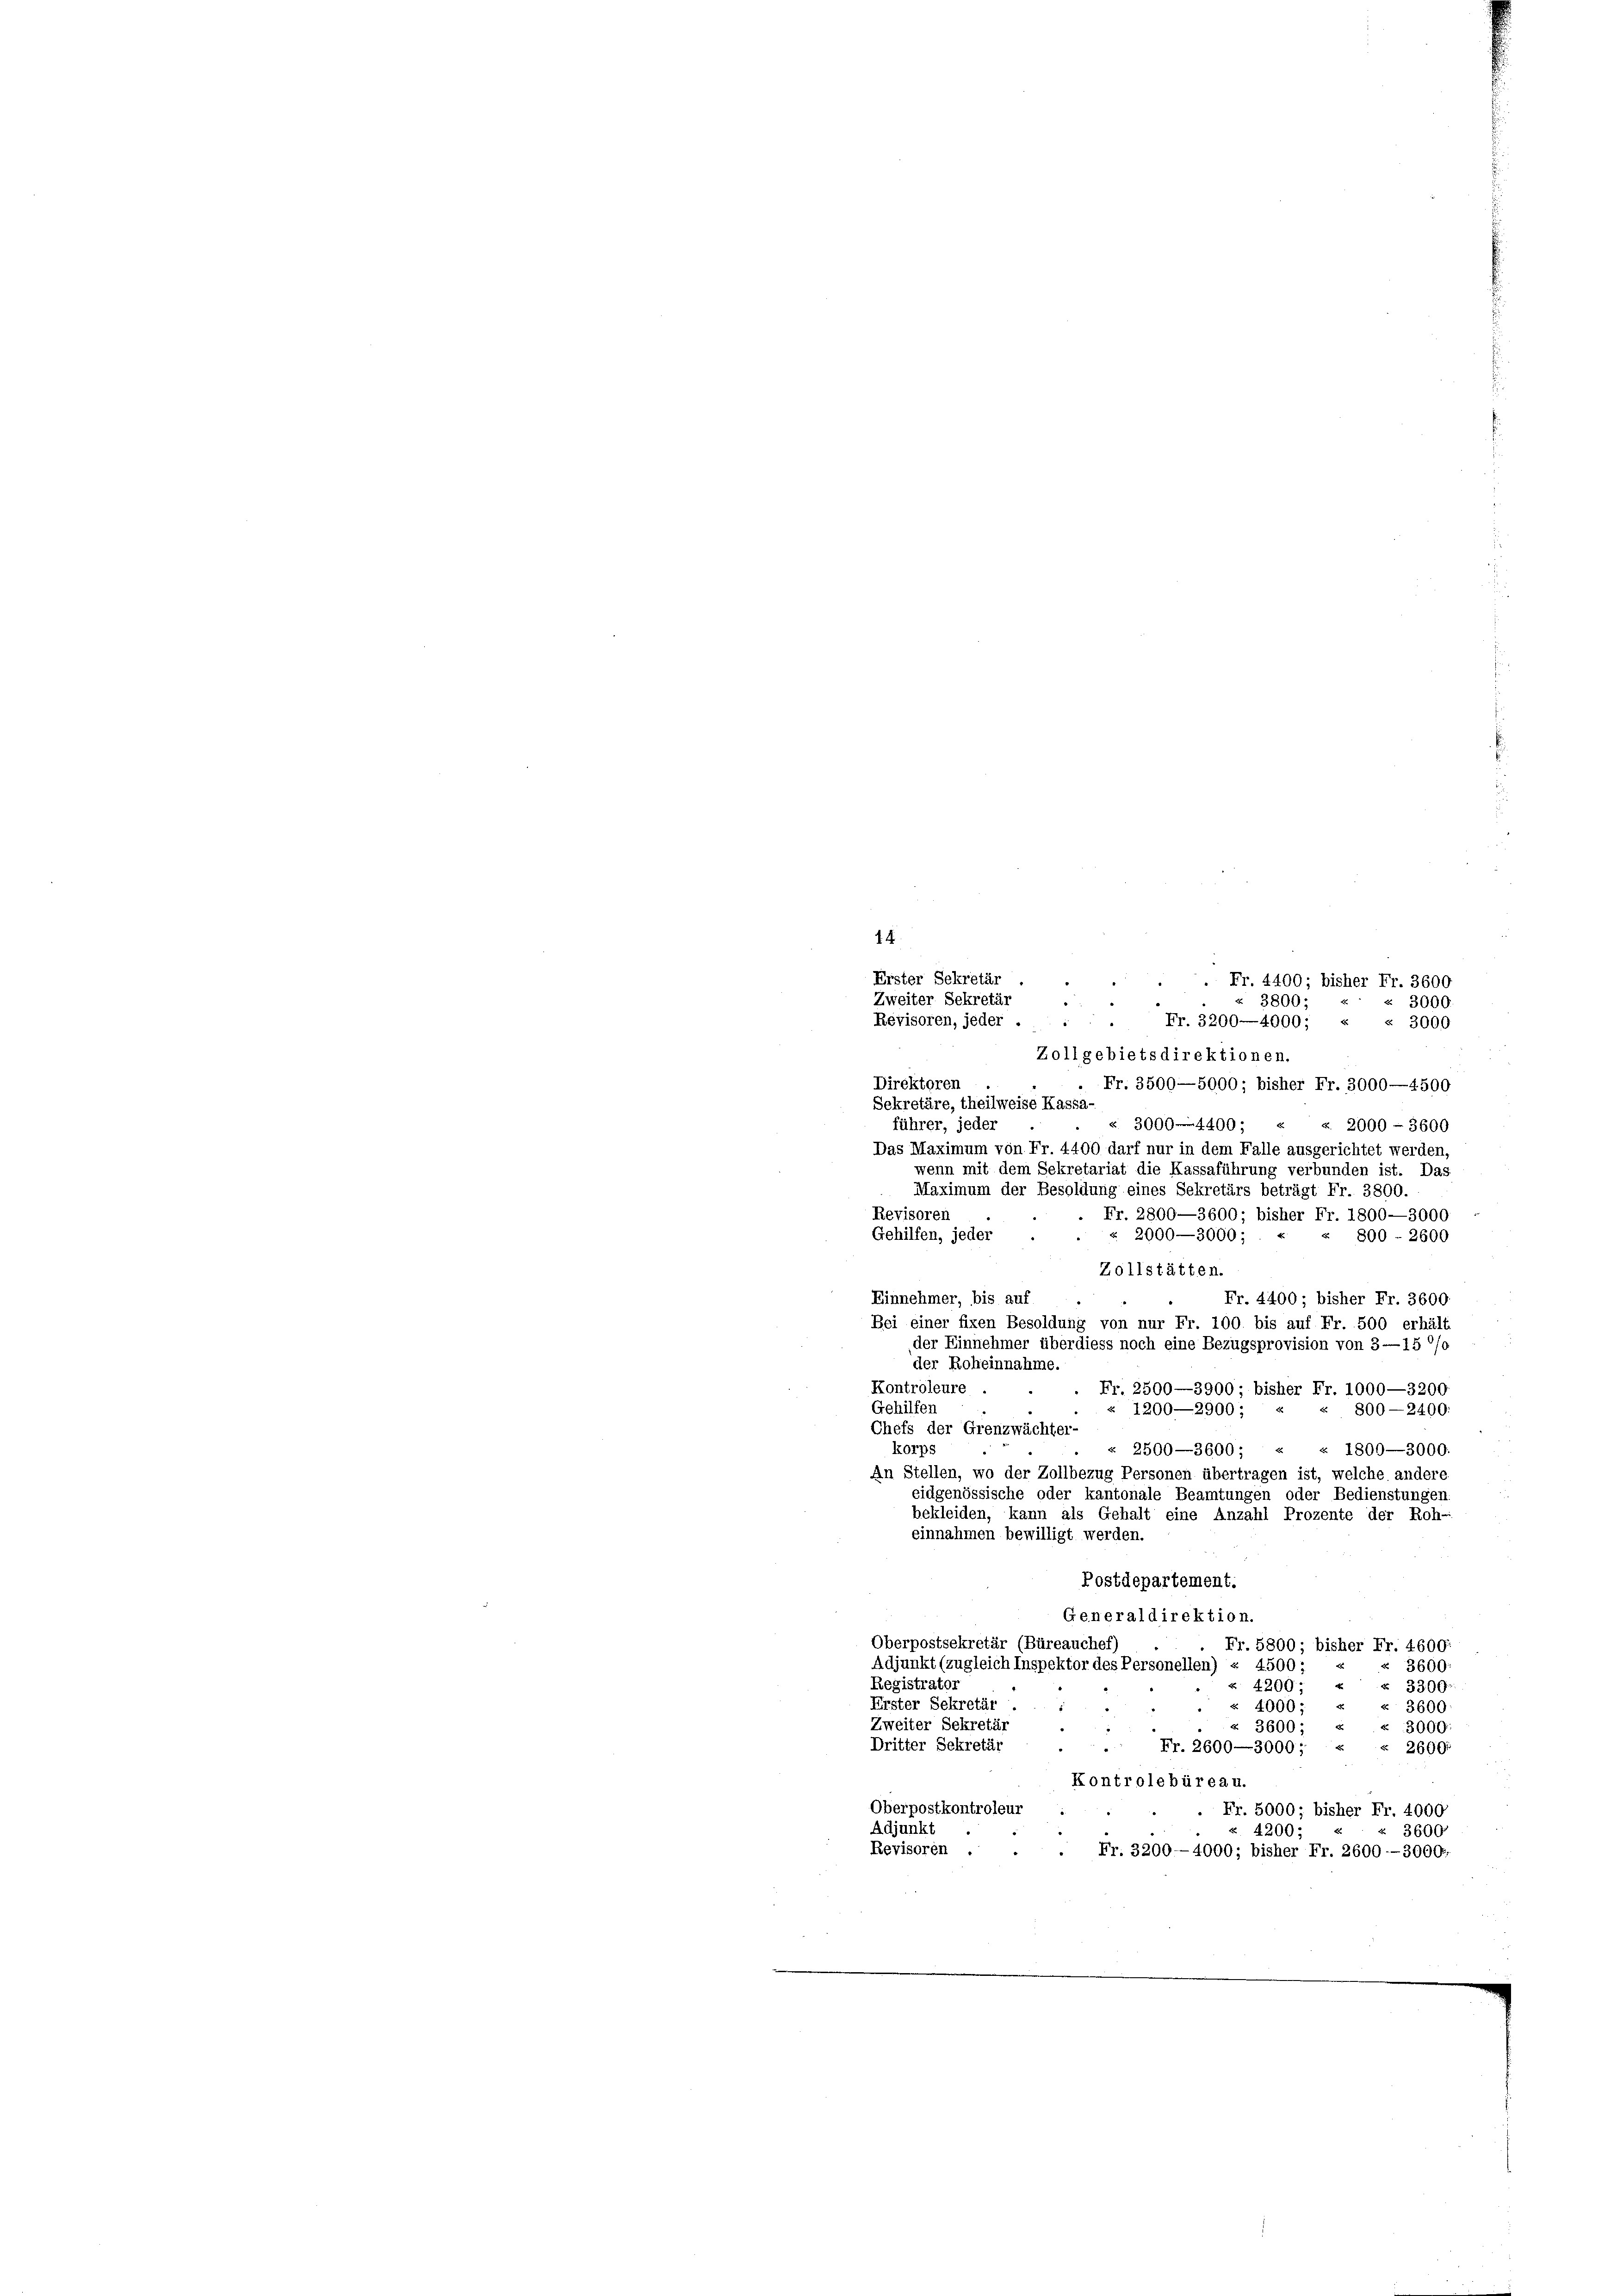
14
Erster Sekretär
 . Fr. 4400; bisher Fr. 3600
2
Zweiter Sekretär
u
§ 3800:
3000
Revisoren, jeder . . . Fr. 3200—4000; « « 3000
Zollgebietsdirektionen.
Direktoren .
. Fr. 3500—5000; bisher Fr. 3000—4500
Sekretäre, theilweise Kassa-
 3000. 4400
führer, jeder
«. 2000 - 3600
Das Maximum von Fr. 4400 darf nur in dem Falle ausgerichtet werden,
wenn mit dem Sekretariat die Kassaführung verbunden ist. Das
Maximum der Besoldung eines Sekretärs beträgt Fr. 3800.
Revisoren
Fr. 2800—3600; bisher Fr. 1800—3000
Gehilfen, jeder
 2000—3000;
 800 - 2600
Zollstätten.
Einnehmer, bis auf
Fr. 4400; bisher Fr. 3600
Bei einer fixen Besoldung von nur Fr. 100. bis auf Fr. 500 erhält
der Einnehmer überdiess noch eine Bezugsprovision von 3—15 °/o
der Roheinnahme.
Kontroleure
Fr. 2500—3900; bisher Fr. 1000—3200.
Gehilfen
« 800—2400
u 1200—2900;
Chefs der Grenzwächter-
« 2500—3600; « « 1800—3000.
korps
An Stellen, wo der Zollbezug Personen übertragen ist, welche andere
eidgenössische oder kantonale Beamtungen oder Bedienstungen
bekleiden, kann als Gehalt eine Anzahl Prozente der Roh-
einnahmen bewilligt werden.
Postdepartement.
Generaldirektion.
Oberpostsekretär (Büreauchef
Fr. 5800; bisher Fr. 4600.
Adjunkt (zugleich Inspektor des Personellen) « 4500;
 3600:
Registrator
« 4200;
3300
Erster Sekretär
« 4000; «
« 3600
Zweiter Sekretär
« 3600; « « 3000:
Dritter Sekretär
Fr. 2600—3000;
2600.
Kontrole büreau.
Oberpostkontroleur
. Fr. 5000; bisher Fr. 4000
Adjunkt
3600
4200:
Revisoren .
Fr. 3200-4000; bisher Fr. 2600--3000.